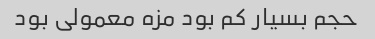
حجم بسیار کم بود مزه معمولی بود